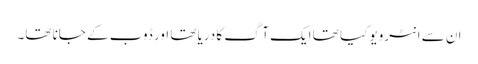
ان سے انٹرویو کیا تھا ایک آگ کا دریا تھا اور ڈوب کے جانا تھا۔